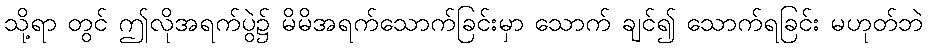
သို့ရာ တွင် ဤလိုအရက်ပွဲ၌ မိမိအရက်သောက်ခြင်းမှာ သောက် ချင်၍ သောက်ရခြင်း မဟုတ်ဘဲ